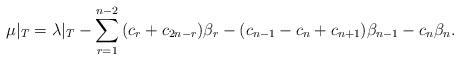
LaTeX: \begin{align*}\mu|_T=\lambda|_T-\sum_{r=1}^{n-2}{(c_r+c_{2n-r})\beta_r -(c_{n-1}-c_n+c_{n+1})\beta_{n-1} - c_n\beta_n}.\end{align*}